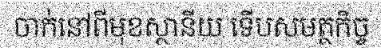
ចាក់នៅពីមុខស្ថានីយ ទើបសមត្ថកិច្ច